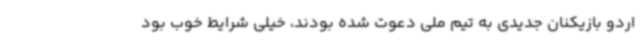
اردو بازیکنان جدیدی به تیم ملی دعوت شده بودند، خیلی شرایط خوب بود